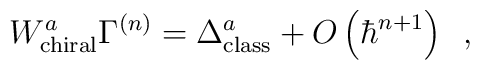
W_{\rm chiral}^a\Gamma ^{\left( n\right) }=\Delta _{\rm class}^a+O\left( \hbar^{n+1}\right) \,\,\,,